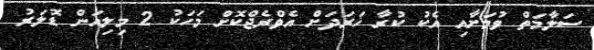
ސަލާމަތް ވުމަށާއި އެކު ކުރާ ޚަރަދަށް އެވްރެޖްކޮށް މަހަކު 2 މިލިއަން ޑޮލަރު